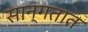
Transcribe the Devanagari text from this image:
सान्गतात